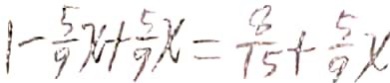
1 - \frac { 5 } { 9 } x + \frac { 5 } { 9 } x = \frac { 8 } { 1 5 } + \frac { 5 } { 9 } x